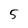
Character: 5